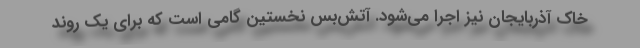
خاک آذربایجان نیز اجرا می‌شود. آتش‌بس نخستین گامی است که برای یک روند